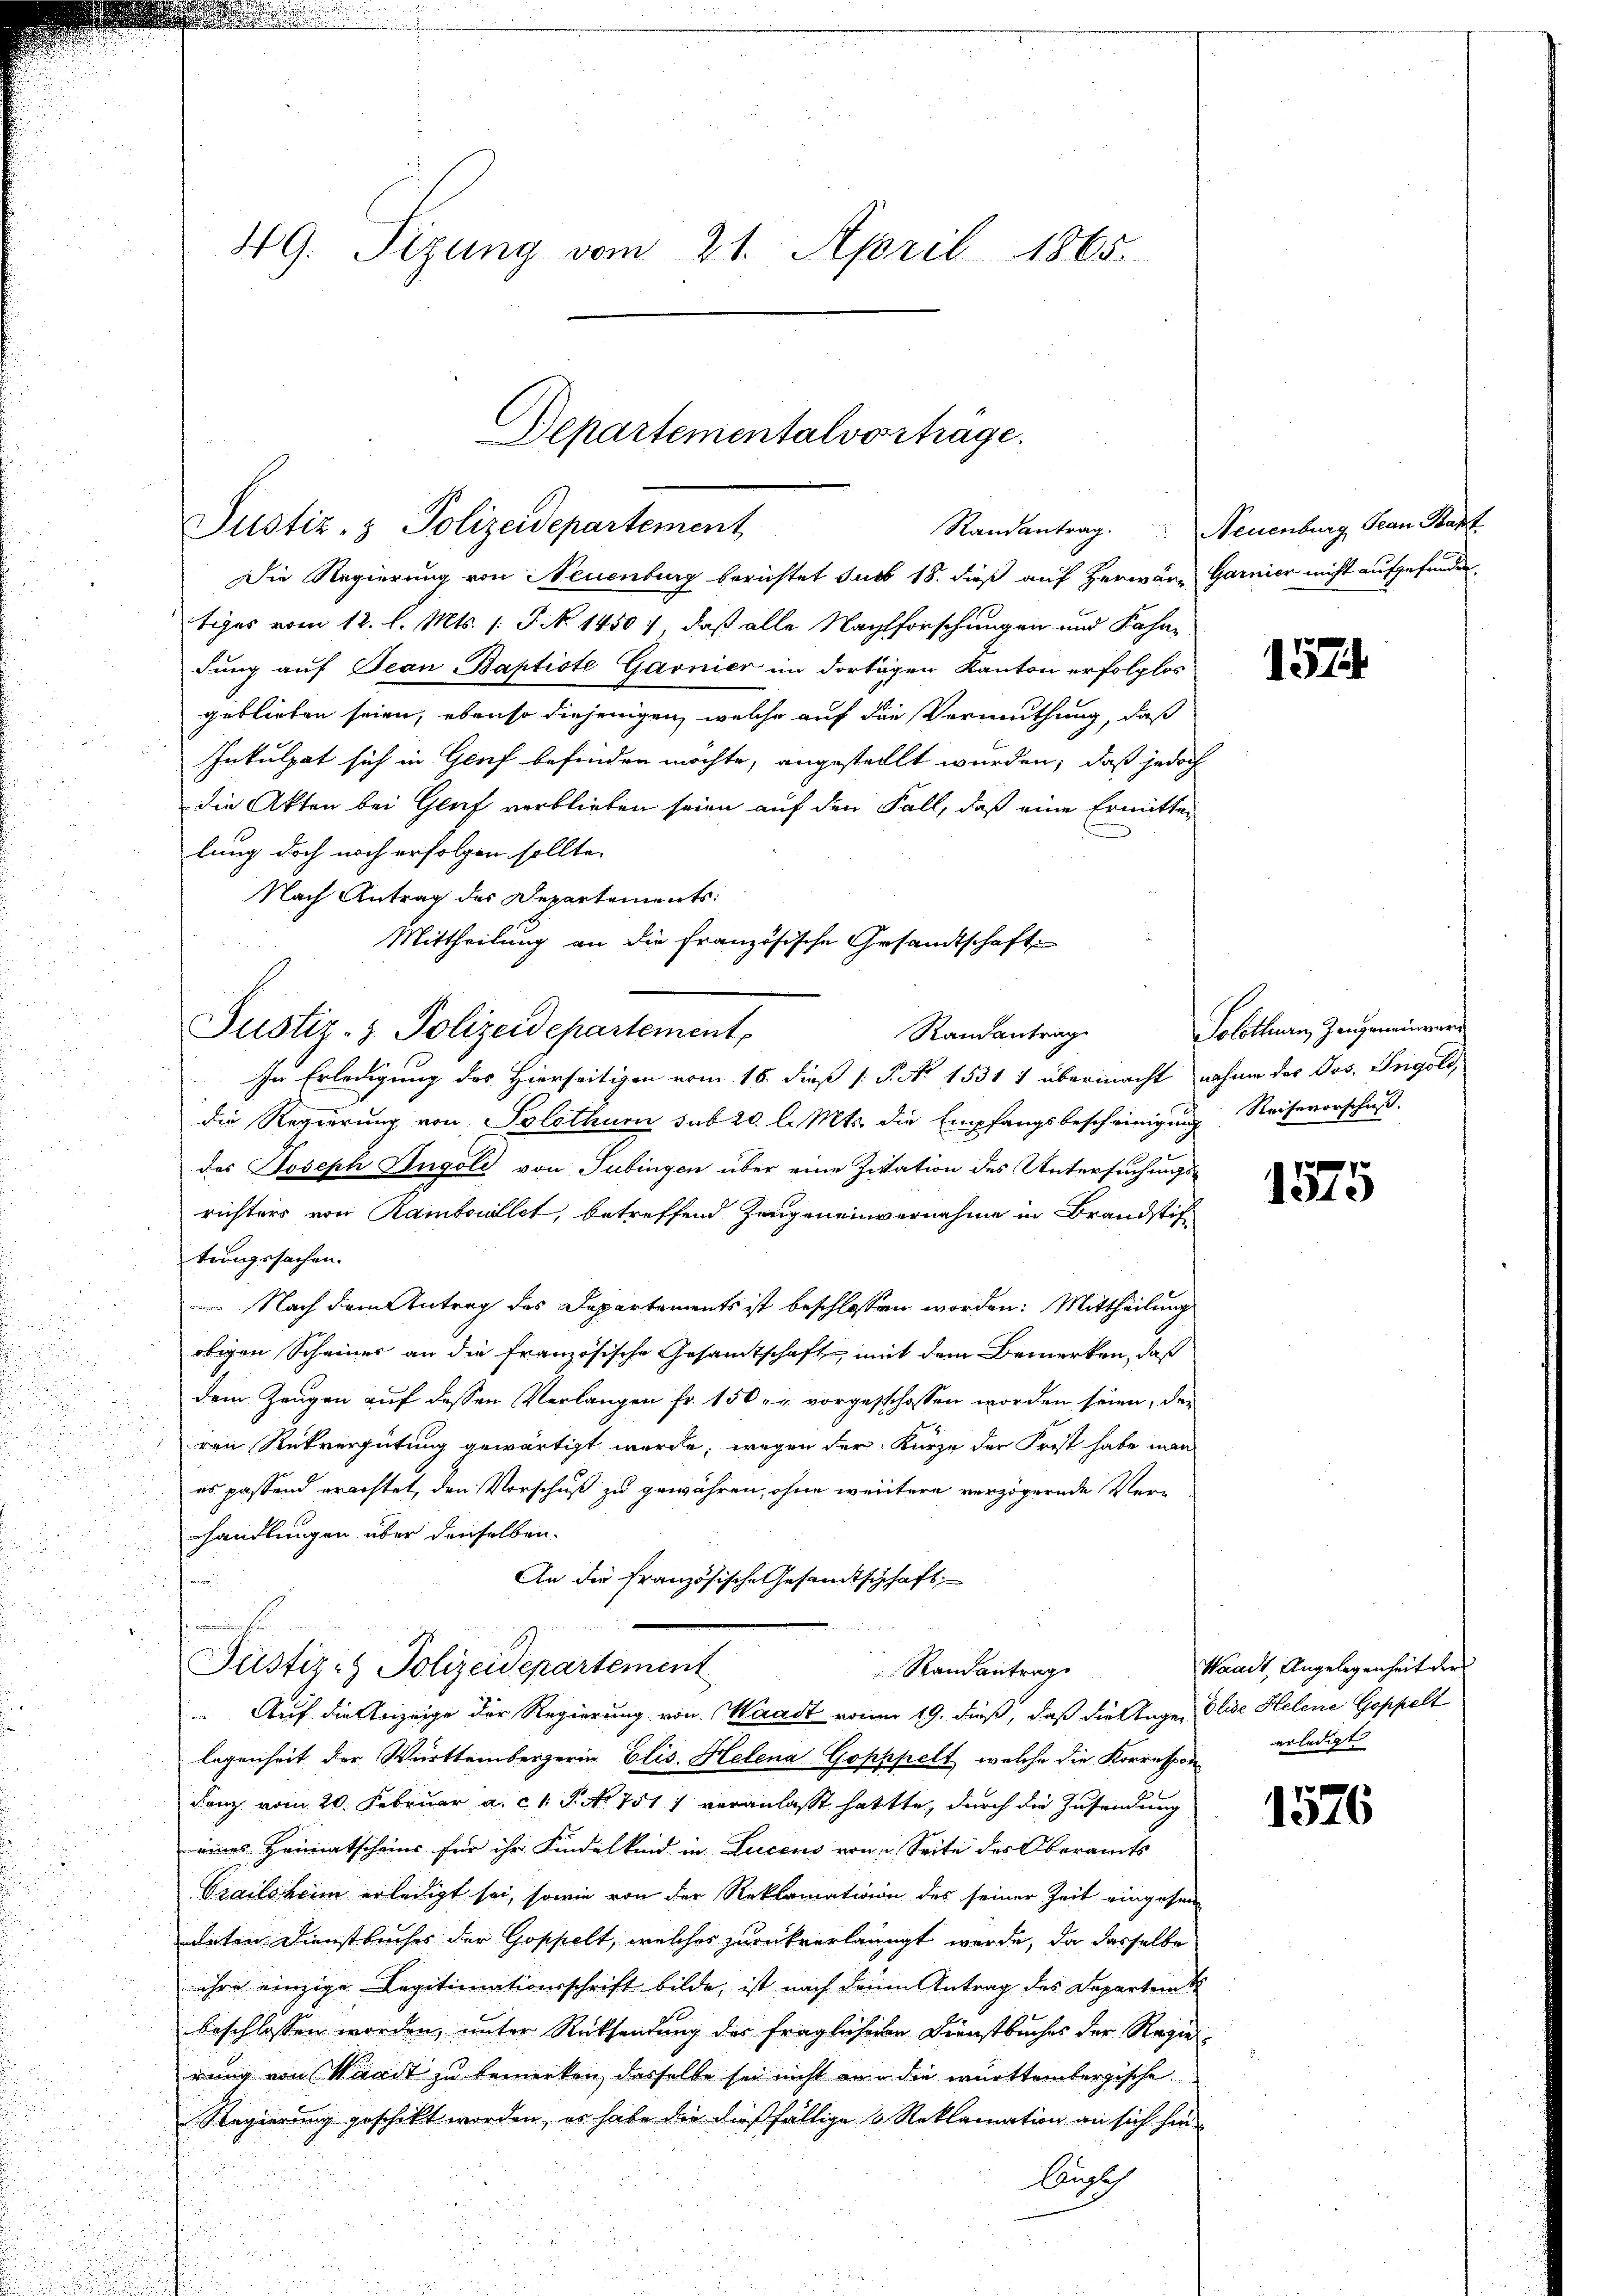
e

49. Sizung vom 21. April 1865.

Die Regierung von Neuenburg berichtet sub 18. dieß auf Herwän- Garnier nicht aufgefunden.
tiges vom 12. l. Mts. /: P. No. 14507, daß alle Nachforschungen und Fahn-
dung auf Jean Baptiste Garnier im dortigen Kanton erfolglos
geblieben seien, ebenso diejenigen, welche auf die Vermuthung, daß
Inkulpat sich in Genf befinden möchte, angestellt wurden, daß jedoch
die Akten bei Gluf verblieben seien auf den Fall, daß eine Ermitter
lung doch noch erfolgen sollte.
Nach Antrag des Departements
Mittheilung an die Französische Gesandtschaft

Departementalvorträge.
Justiz- & Polizeidepartement

Justiz- & Polizeidepartement
Randantrag
In Erledigung des Hierseitigen vom 16. dieß P. No 1531 1 übermacht nahme des Jos. Ingold,

Justiz- & Polizeidepartement
Randantrag

die Regierung von Solothurn sub 20. l. Mts. die Empfangsbescheinigung Reisevorschuß.
des Joseph Ingoli von Tübingen über eine Zitation des Untersuchungsrichters von Rambouillet, betreffend Zeugeneinvernahme in Brandstif
tungssachen.
 Nach dem Antrag des Departements ist beschlossen worden: Mittheilung
obigen Scheiner an die französische Gesamtschaft mit dem Bemerken, daß
dem Zeugen auf dessen Verlangen fr. 150 u. vorgesschossen worden seien, der
ren Rückvergütung gewärtigt werde, wegen der Kürze der Frist habe man
es passend erachtet, den Vorschuß zu gewähren, ohne weitere verzögernde Verhandlungen über denselben.
An die französische Gesandtschchaft;
n

Randantrag. Neuenburg Jean Kant.

Auf die Anzeige der Regierung von Waadt von 19. dieß, daß die Auge, Elise Helene Goppelt
logenheit der Württembergerin Elis. Helena Goppelt, welche die Korrespon
Fanz vom 20. Februar a. c. P. No 751) veranlasst hattte, durch die Zusendung
eines Heimatscheins für ihr Kindelkrid in Lucens von Seite des Oberamts
Grailsheim erledigt sei, sowie von der Reklamation des seiner Zeit eingesen
deten Dienstbuches der Goppelt, welches zurückverlangt werde, da dasselbe
ihre einzige Legitimationsschrift bilde, ist nach den Antrag des Departen t
beschlossen worden, unter Rücksendung der fraglicheren Dienstbuches der Regierung von Waadt zu bemerken, dasselbe sei nicht an die württembergische
Regierung geschikt worden, es habe die dießfällige Reklamation an sich hin¬
Aussch

1574.

Solothurn, Zeugeneinver

1875

Waadt, Angelegenheit der
erledigt.

1576